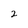
Character: 2